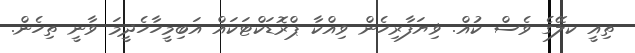
ތިއީ ކލޭގެ ވެސް ކުއް. ޥިޔަފާރިހެން ވިއްކާ ޕްރޮޑަކްޓަކައް އަބިމީހާހެދީމަ ވާނީ ތިހެން.